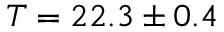
T = 2 2 . 3 \pm 0 . 4